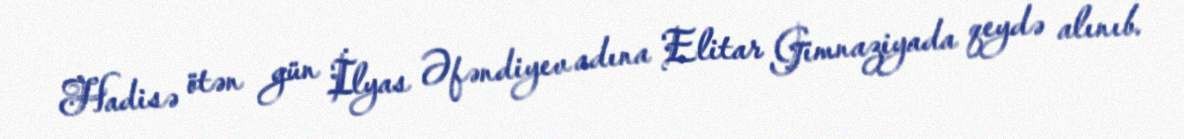
Hadisə ötən gün İlyas Əfəndiyev adına Elitar Gimnaziyada qeydə alınıb.